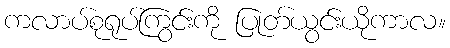
ကလာပ်စုရုပ်ကြွင်းကို ပြုတ်ယွင်းယိုကာလ။